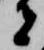
者